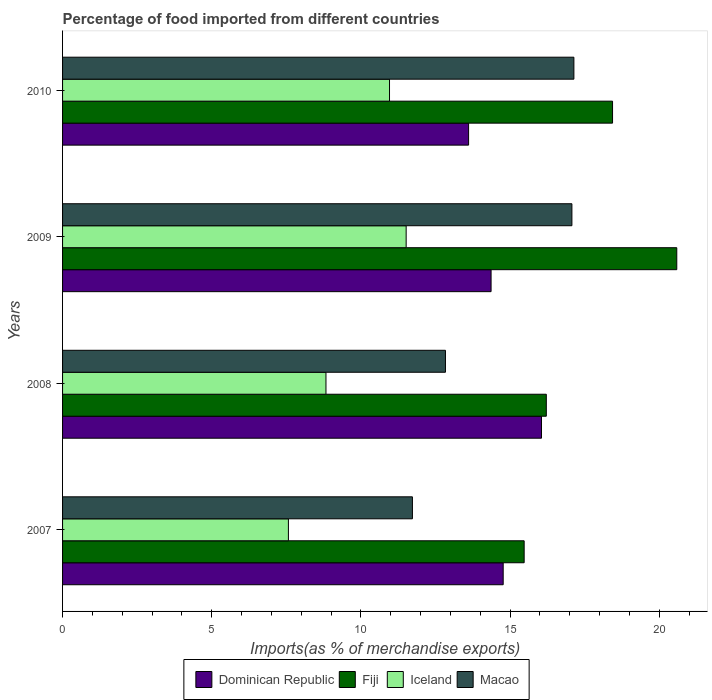
| Years | Dominican Republic | Fiji | Iceland | Macao |
 | --- | --- | --- | --- | --- |
 | 2007 | 14.8 | 15.5 | 7.57 | 11.7 |
 | 2008 | 16.1 | 16.2 | 8.83 | 12.8 |
 | 2009 | 14.4 | 20.6 | 11.5 | 17.1 |
 | 2010 | 13.6 | 18.4 | 11 | 17.1 |